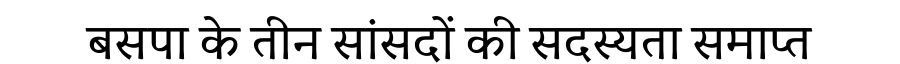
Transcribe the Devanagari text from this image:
बसपा के तीन सांसदों की सदस्यता समाप्त